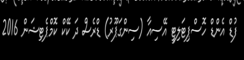
ފުޑް އެންޑް ހޮސްޕިޓަލިޓީ އޭސިއާ (ސިންގަޕޫރު) ޑްރެސް ދަ ކޭކް ކޮމްޕެޓިޝަން 2016